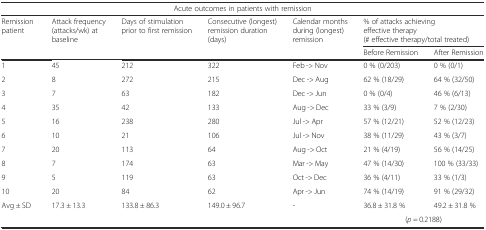
<table><thead><tr><td colspan="7"><b>Acute outcomes in patients with remission</b></td></tr><tr><td rowspan="2"><b>Remission patient</b></td><td rowspan="2"><b>Attack frequency (attacks/wk) at baseline</b></td><td rowspan="2"><b>Days of stimulation prior to first remission</b></td><td rowspan="2"><b>Consecutive (longest) remission duration (days)</b></td><td rowspan="2"><b>Calendar months during (longest) remission</b></td><td colspan="2"><b>% of attacks achieving effective therapy (# effective therapy/total treated)</b></td></tr><tr><td><b>Before Remission</b></td><td><b>After Remission</b></td></tr></thead><tbody><tr><td>1</td><td>45</td><td>212</td><td>322</td><td>Feb -&gt; Nov</td><td>0 % (0/203)</td><td>0 % (0/1)</td></tr><tr><td>2</td><td>8</td><td>272</td><td>215</td><td>Dec -&gt; Aug</td><td>62 % (18/29)</td><td>64 % (32/50)</td></tr><tr><td>3</td><td>7</td><td>63</td><td>182</td><td>Dec -&gt; Jun</td><td>0 % (0/4)</td><td>46 % (6/13)</td></tr><tr><td>4</td><td>35</td><td>42</td><td>133</td><td>Aug -&gt; Dec</td><td>33 % (3/9)</td><td>7 % (2/30)</td></tr><tr><td>5</td><td>16</td><td>238</td><td>280</td><td>Jul -&gt; Apr</td><td>57 % (12/21)</td><td>52 % (12/23)</td></tr><tr><td>6</td><td>10</td><td>21</td><td>106</td><td>Jul -&gt; Nov</td><td>38 % (11/29)</td><td>43 % (3/7)</td></tr><tr><td>7</td><td>20</td><td>113</td><td>64</td><td>Aug -&gt; Oct</td><td>21 % (4/19)</td><td>56 % (14/25)</td></tr><tr><td>8</td><td>7</td><td>174</td><td>63</td><td>Mar -&gt; May</td><td>47 % (14/30)</td><td>100 % (33/33)</td></tr><tr><td>9</td><td>5</td><td>119</td><td>63</td><td>Oct -&gt; Dec</td><td>36 % (4/11)</td><td>33 % (1/3)</td></tr><tr><td>10</td><td>20</td><td>84</td><td>62</td><td>Apr -&gt; Jun</td><td>74 % (14/19)</td><td>91 % (29/32)</td></tr><tr><td rowspan="2">Avg ± SD</td><td rowspan="2">17.3 ± 13.3</td><td rowspan="2">133.8 ± 86.3</td><td rowspan="2">149.0 ± 96.7</td><td rowspan="2">-</td><td>36.8 ± 31.8 %</td><td>49.2 ± 31.8 %</td></tr><tr><td colspan="2">(<i>p</i> = 0.2188)</td></tr></tbody></table>